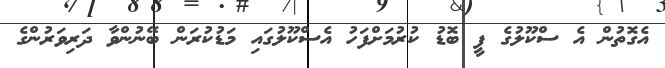
އެގޮތުން އެ ސްކޫލުގެ ފީ ބޮޑު ކުރުމަށްފަހު އެސްކޫލުގައި މަޑުކުރަން ބޭނުންވާ ދަރިވަރުންގެ